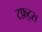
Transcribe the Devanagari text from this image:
टफ़्ट्स